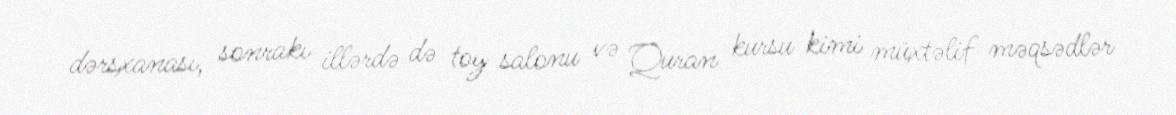
dərsxanası, sonrakı illərdə də toy salonu və Quran kursu kimi müxtəlif məqsədlər